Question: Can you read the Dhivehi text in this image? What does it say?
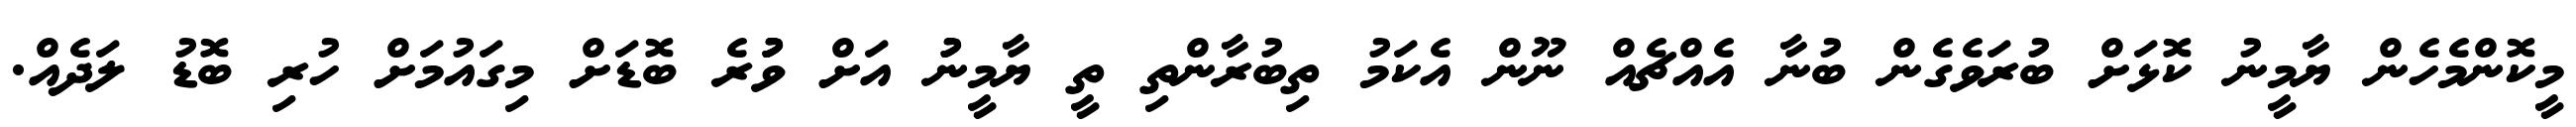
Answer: މީކޮންމެހެން ޔާމީނު ކޮޅަށް ބުރަވެގެން ބުނާ އެއްޗެއް ނޫން އެކަމު ތިބުރާންތި ތީ ޔާމީނުު އަށް ވުުުރެ ބޮޑަށް މިގައުމަށް ހުރި ބޮޑު ލަދެއް.